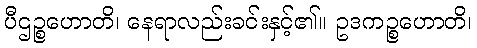
ပီဌဉ္စဟောတိ၊ နေရာလည်းခင်းနှင့်၏။ ဥဒကဉ္စဟောတိ၊